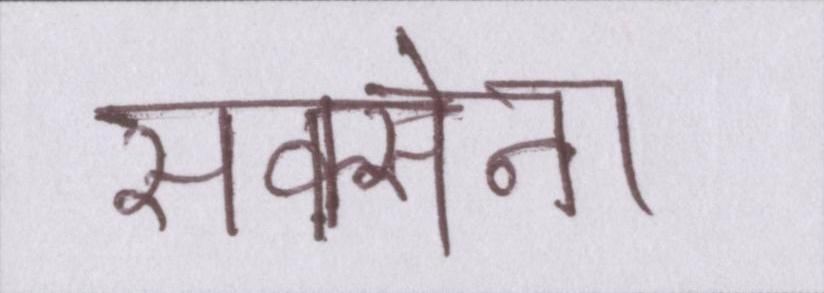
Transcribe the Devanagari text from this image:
सक्सेना